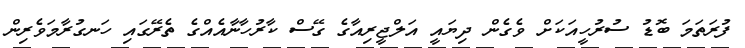
ފުރަތަމަ ބޮޑު ސުރުހީއަކަށް ވެގެން ދިޔައީ އަލްޖީރިއާގެ ގޭސް ކާރުހާނާއެއްގެ ތެރޭގައި ހަނގުރާމަވެރިން